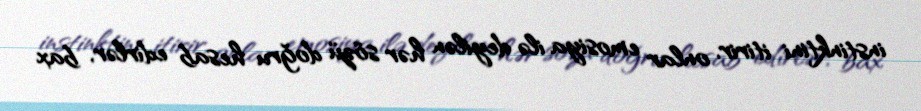
instinktini itirir, onlar emosiya ilə deyilən hər sözü doğru hesab edirlər, bax